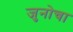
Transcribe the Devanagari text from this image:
जुनोचा